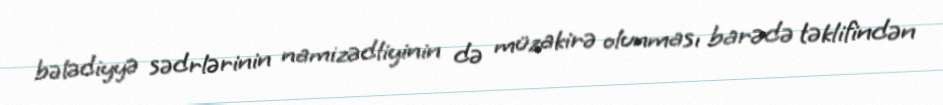
bələdiyyə sədrlərinin namizədliyinin də müzakirə olunması barədə təklifindən